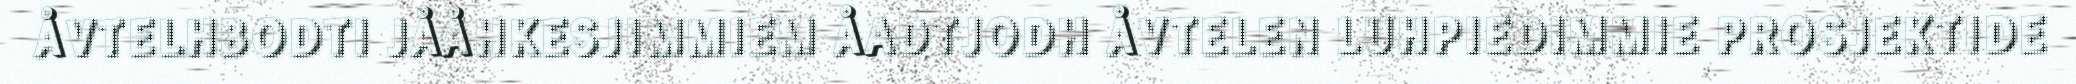
ÅVTELHBODTI JÅÅHKESJIMMIEM ÅADTJODH ÅVTELEN LUHPIEDIMMIE PROSJEKTIDE